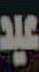
عيد